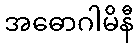
အဓောဂါမိနီ